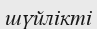
шүйлікті